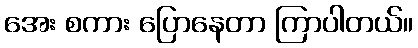
အေး စကား ပြောနေတာ ကြာပါတယ်။